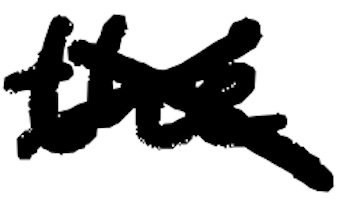
Text: the
Cross-out: cross
Writing tool: digital_black